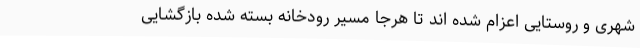
شهری و روستایی اعزام شده اند تا هرجا مسیر رودخانه بسته شده بازگشایی